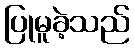
ပြုမူခဲ့သည်